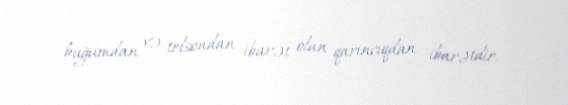
buğumdan və telsondan ibarət olan qarıncıqdan ibarətdir.